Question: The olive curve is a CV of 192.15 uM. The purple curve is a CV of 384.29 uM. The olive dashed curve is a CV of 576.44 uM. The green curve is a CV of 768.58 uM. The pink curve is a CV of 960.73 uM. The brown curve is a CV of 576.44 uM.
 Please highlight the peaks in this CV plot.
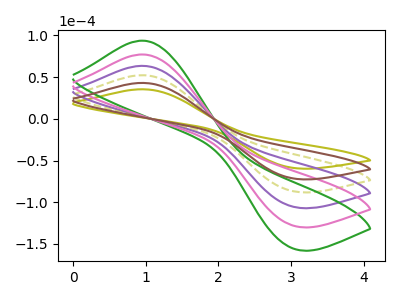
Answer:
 <answer>The olive curve "192.15 uM" has an anodic peak at (0.95V, 35.45uA) and a cathodic peak at (3.00V, -58.60uA). The purple curve "384.29 uM" has an anodic peak at (0.95V, 129.15uA) and a cathodic peak at (3.00V, -213.55uA). The olive dashed curve "576.44 uM" has an anodic peak at (0.95V, 86.10uA) and a cathodic peak at (3.00V, -142.35uA). The green curve "768.58 uM" has an anodic peak at (0.95V, 215.25uA) and a cathodic peak at (3.00V, -355.95uA). The pink curve "960.73 uM" has an anodic peak at (0.95V, 172.20uA) and a cathodic peak at (3.00V, -284.75uA). The brown curve "576.44 uM" has an anodic peak at (0.95V, 43.05uA) and a cathodic peak at (3.00V, -71.20uA).</answer>
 <eval></eval>